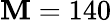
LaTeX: \mathbf{M}=140